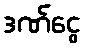
ဒဏ်ငွေ